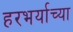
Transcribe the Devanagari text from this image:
हरभर्याच्या